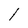
Character: l